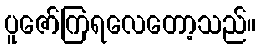
ပူဇော်ကြရလေတော့သည်။